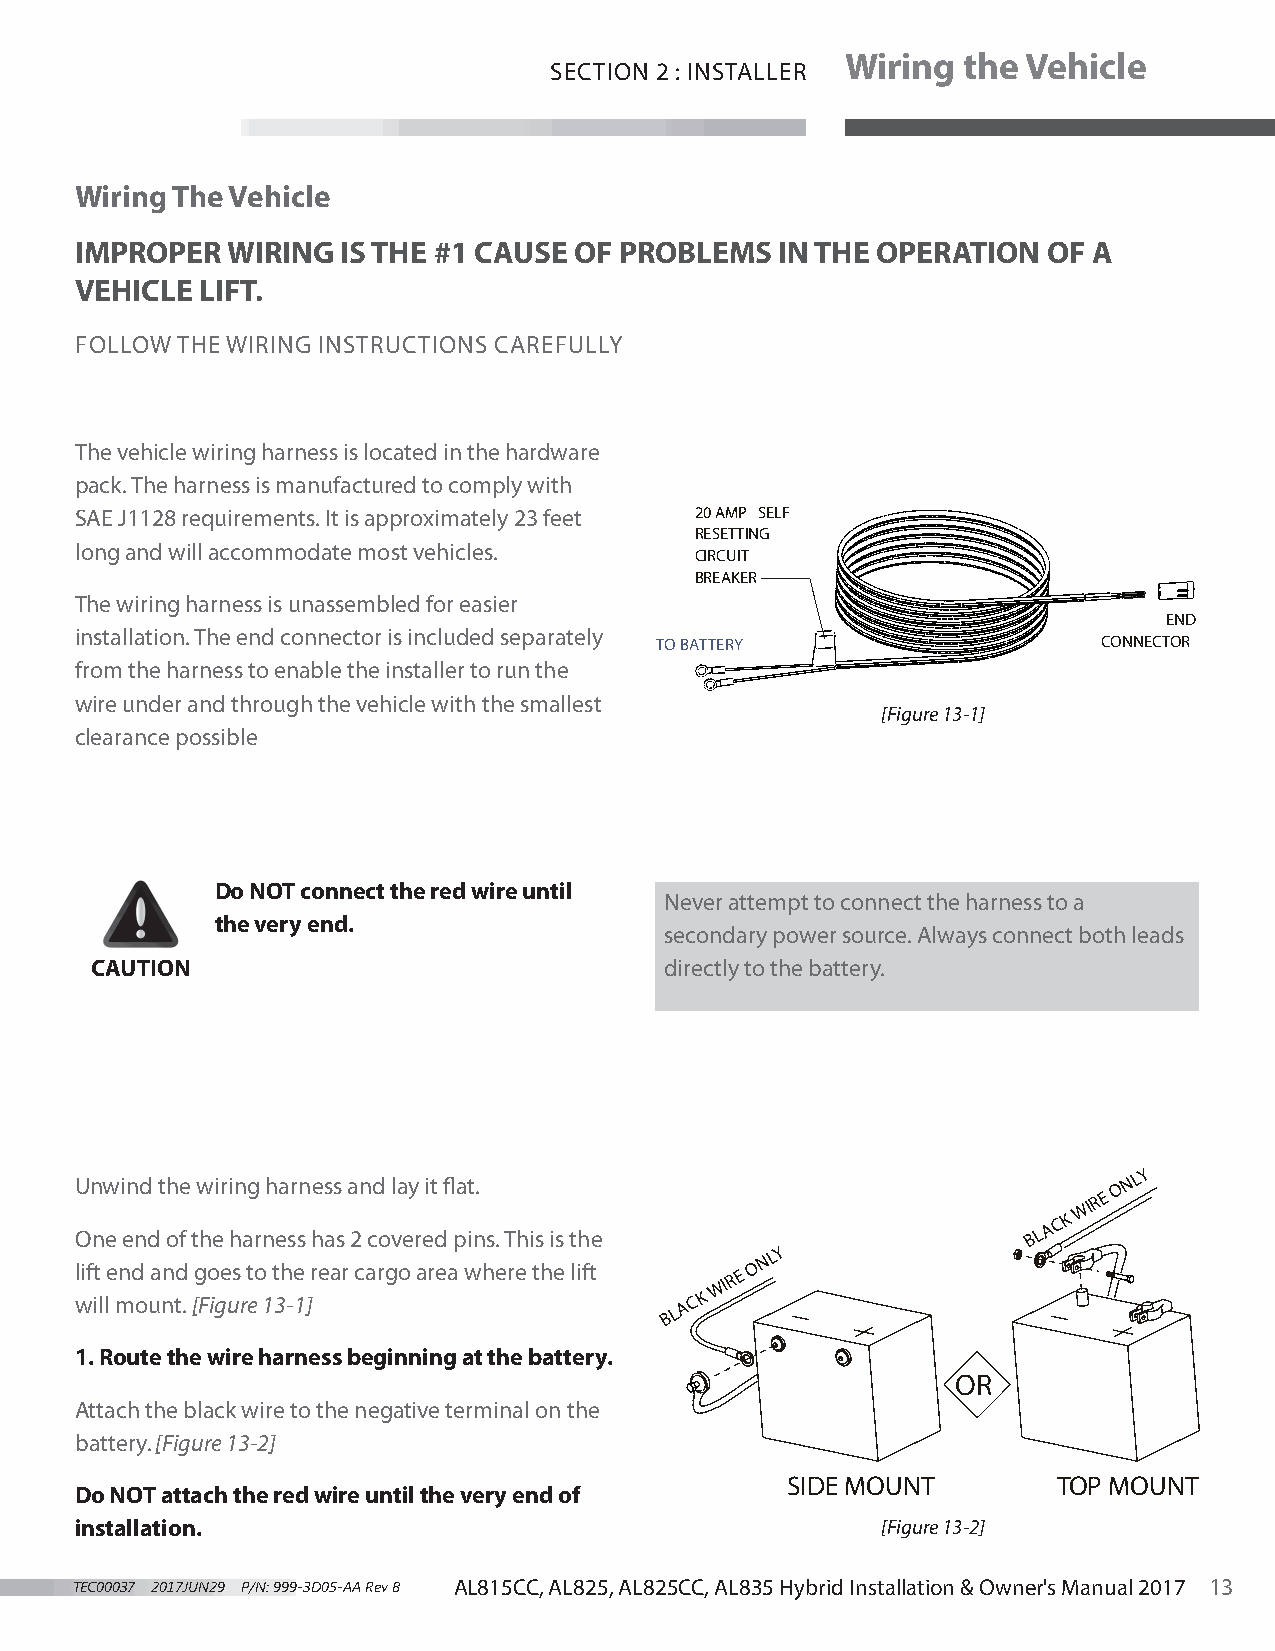
Wiring  the Vehicle
 SECTION 2 : INSTALLER
 Wiring The Vehicle
 IMPROPER  WIRING  IS THE #1 CAUSE OF PROBLEMS  IN THE OPERATION OF A
 VEHICLE LIFT.
 FOLLOW THE WIRING INSTRUCTIONS CAREFULLY
 The vehicle wiring harness is located in the hardware
 pack. The harness is manufactured to comply with
 SAE J1128 requirements. It is approximately 23 feet 20 AMP SELF
 RESETTING
 long and will accommodate most vehicles.
 CIRCUIT
 BREAKER
 The wiring harness is unassembled for easier
 END
 installation. The end connector is included separately
 TO BATTERY                    CONNECTOR
 from the harness to enable the installer to run the
 wire under and through the vehicle with the smallest
 [Figure 13-1]
 clearance possible
 Do NOT connect the red wire until
 Never attempt to connect the harness to a
 the very end.
 secondary power source. Always connect both leads
 CAUTION                               directly to the battery.
 Unwind the wiring harness and lay it flat.                           O N
 LY
 WIR E
 One end of the harness has 2 covered pins. This is the         B L A C K
 lift end and goes to the rear cargo area where the lift WIR E O N
 LY
 will mount. [Figure 13-1]              B L A C K
 1. Route the wire harness beginning at the battery.
 OR
 Attach the black wire to the negative terminal on the
 battery. [Figure 13-2]
 SIDE MOUNT        TOP MOUNT
 Do NOT attach the red wire until the very end of
 installation.                                        [Figure 13-2]
 TEC00037 2017JUN29 P/N: 999-3D05-AA Rev B AL815CC, AL825, AL825CC, AL835 Hybrid Installation & Owner's Manual 2017 13